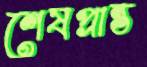
শেষপ্রান্ত